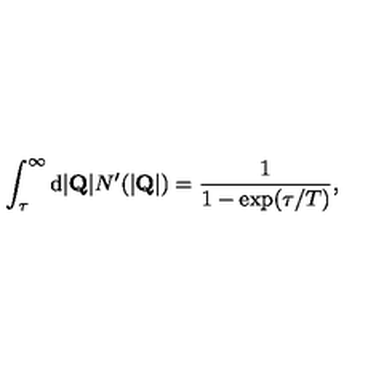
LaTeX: \int _ { \tau } ^ { \infty } \mathrm { d } | { \bf Q } | N ^ { \prime } ( | { \bf Q } | ) = \frac { 1 } { 1 - \mathrm { e x p } ( \tau / T ) } ,